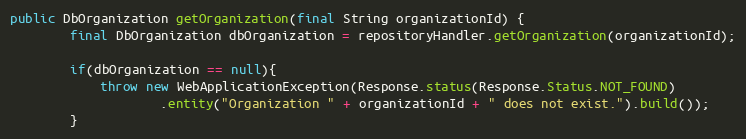
Language: Java
public DbOrganization getOrganization(final String organizationId) {
        final DbOrganization dbOrganization = repositoryHandler.getOrganization(organizationId);

        if(dbOrganization == null){
            throw new WebApplicationException(Response.status(Response.Status.NOT_FOUND)
                    .entity("Organization " + organizationId + " does not exist.").build());
        }